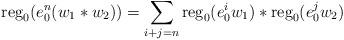
LaTeX: \begin{align*}{\rm reg}_{0}(e_{0}^{n}(w_{1}*w_{2}))=\sum_{i+j=n}{\rm reg}_{0}(e_{0}^{i}w_{1})*{\rm reg}_{0}(e_{0}^{j}w_{2})\end{align*}